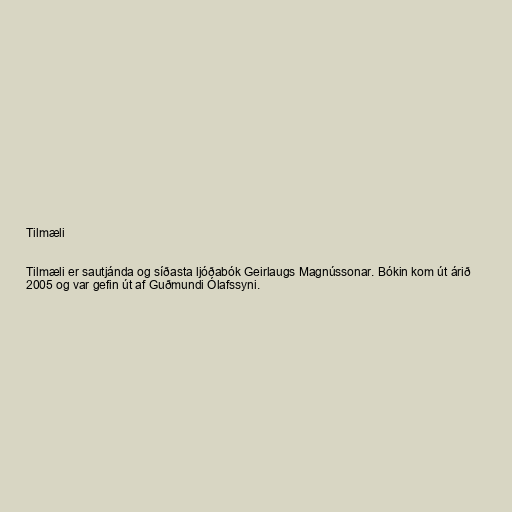
Tilmæli

Tilmæli er sautjánda og síðasta ljóðabók Geirlaugs Magnússonar. Bókin kom út árið
2005 og var gefin út af Guðmundi Ólafssyni.